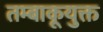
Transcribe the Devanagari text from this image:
तम्बाकूयुक्त